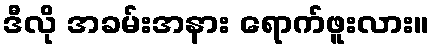
ဒီလို အခမ်းအနား ရောက်ဖူးလား။